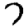
Digit: 7